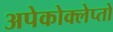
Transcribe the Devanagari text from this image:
अपेकोक्लेप्तो